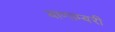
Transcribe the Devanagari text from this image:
बाणाम्बरी